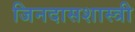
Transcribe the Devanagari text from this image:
जिनदासशास्त्री